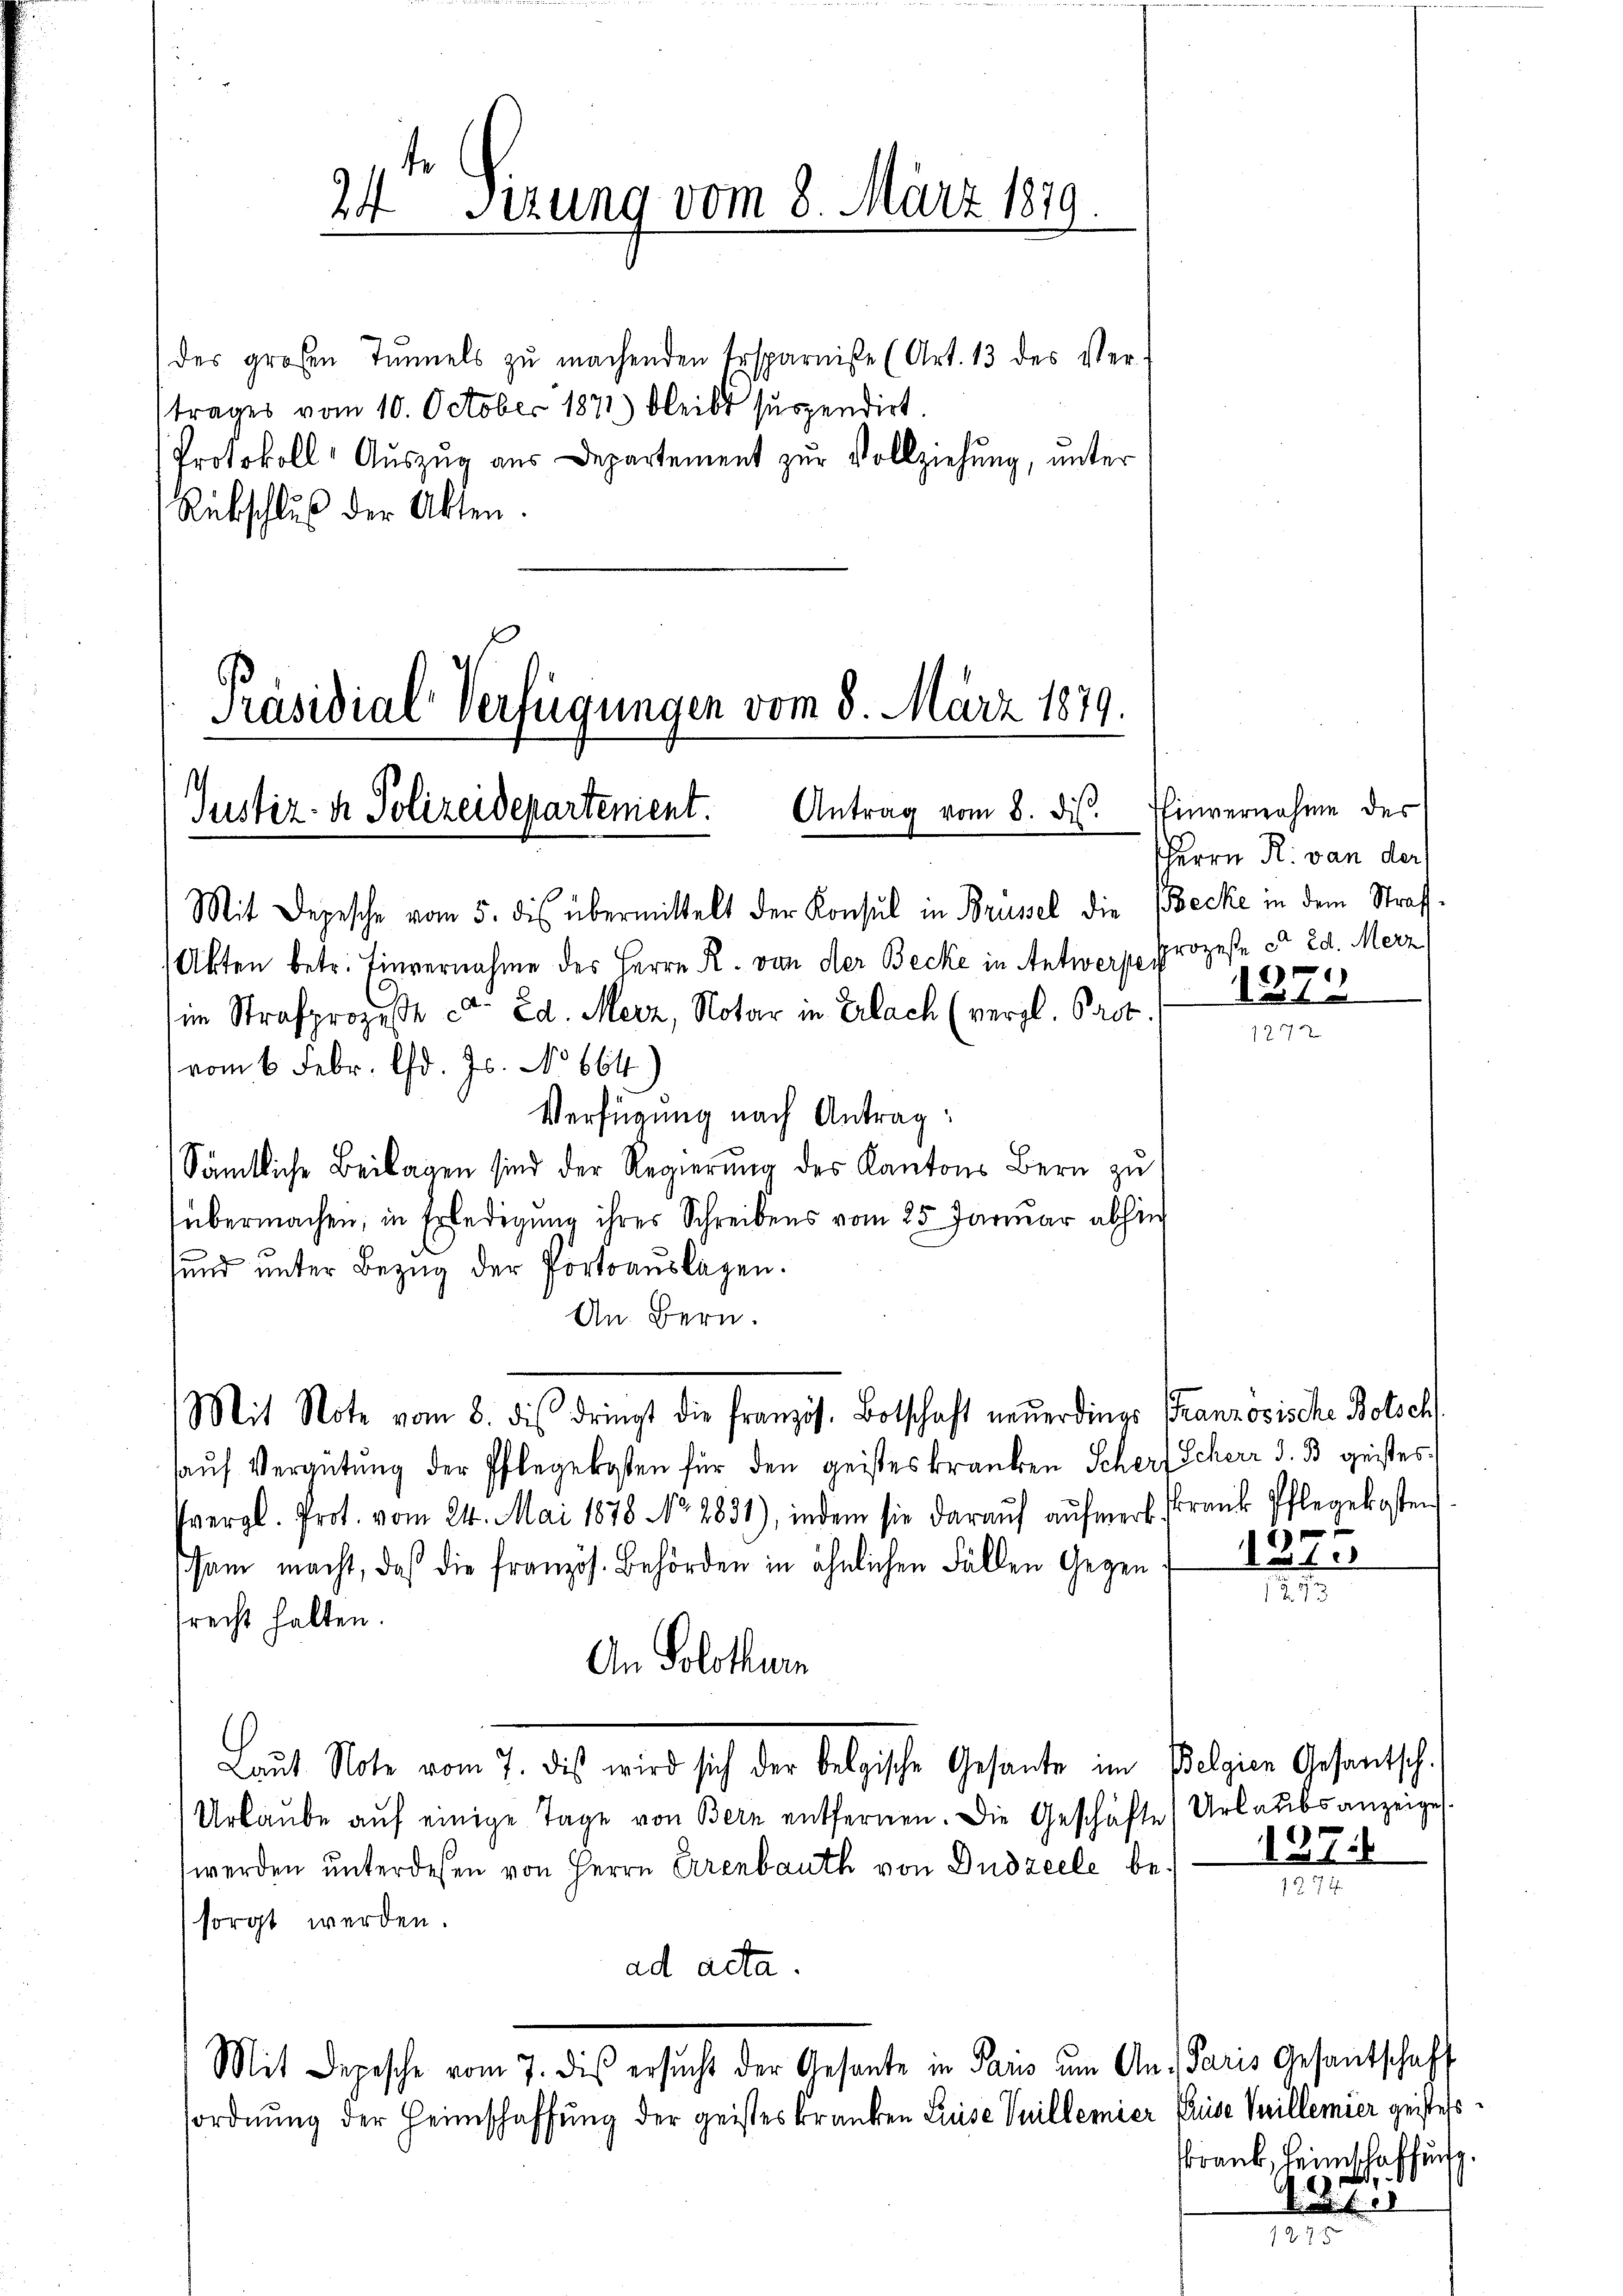
des großen Tunnels zu machenden Ersparniße (Art. 13 des Ver-
trages vom 10. October 1871 bleibt suspendirt.
Protokoll- Aŭszŭg aŭs Departement zŭr Vollziehung, unter
Rückschluß der Akten.

Präsidial-Verfügungen vom 8. März 1879.
Justiz- & Polizeidepartement. Antrag vom 8. ds.

24 Sizung vom 8. März 1879
w

Mit Note vom 8. dis dringt die französ. Botschaft neŭerdings Französische Botsch

Mit Depesche vom 5. die übermittelt der Konsul in Brüssel die Becke in dem Straf
Akten betr. Einvernahme des Herrn R. von der Becke in Antwerpe Prozesse et 2d. Merz
im Strafprozeße er Ed. Merz, Notar in Erlach (vergl. Past
vom 6. Febr. d. Js. No 664
Verfügung nach Antrag:
Sämtliche Beilagen sind der Regierung des Kantons Bern zu
übermachen, in Erledigung ihres Schreibens vom 25. Januar abhin
sund unter Bezug der Portoauslagen.
An Bern.
saŭf Vergütŭng der Pflegekosten für den geisteskranken Scherf Scherr J. B. geistes
svergl. Prot. vom 24. Mai 1878 No. 2831), indem sie daraŭf aŭfmerk krank Pflegekosten
ssam macht, daß die französ. Behörden in ähnlichen Fällen Gegen
srecht halten.
An Solothurn
Laŭt Note vom 7. dis wird sich der belgische Gesante im Belgien Gesantsch.
Urlaŭbe aŭf einige Tage von Bern entfernen. Die Geschäfte Urlaubs anzeige
werden unterdeßen von Herrn Erenbauth von Dudzeele besorgt werden.
ad acta.
Mit Depesche vom 7. dis ersŭcht der Gesante in Paris um An- Paris Gesantschaft
sordnung der Heimschaffung der geistes kranken Luise Vuillemier Prise Spillemier geistess

Tinvernahme des
HHerrn R. von der
.

125

f

.

2

e

127.

krank, Heimschaffung.

.